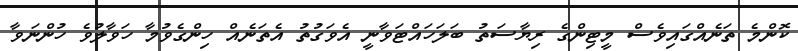
ކޮންމެ ތަނެއްގައިވެސް މީޓިންގެ ރިޔާސަތު ބަލަހައްޓަވާނީ އެވަގުތު އެތަނެއް ހިންގެވުމާ ހަވާލުވެ ހުންނަވާ